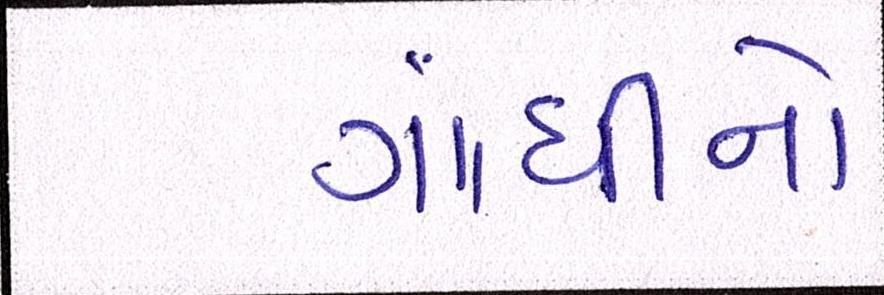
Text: ગાંધીનો